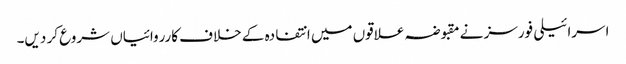
اسرائیلی فورسز نے مقبوضہ علاقوں میں انتفادہ کے خلاف کارروائیاں شروع کر دیں۔